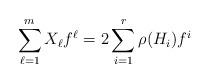
LaTeX: \begin{align*} \sum_{\ell=1}^m X_{\ell} f^{\ell} = 2 \sum_{i=1}^r \rho({H_i}) f^{i} \end{align*}